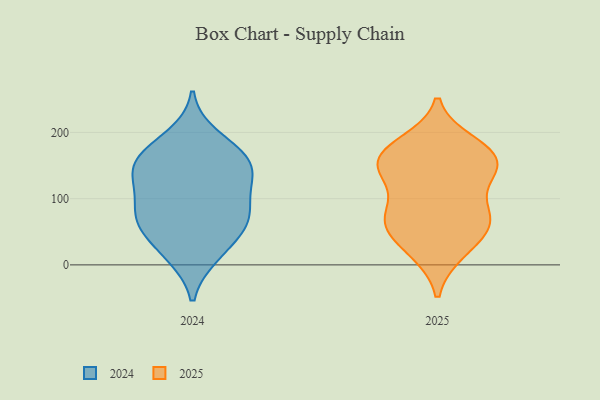
{"axis": {"x": "Humidity (%)", "y": "Value"}, "legend": ["2024", "2025"], "data": [{"x": "", "y": 152, "type": "2024"}, {"x": "", "y": 83, "type": "2024"}, {"x": "", "y": 118, "type": "2024"}, {"x": "", "y": 158, "type": "2024"}, {"x": "", "y": 17, "type": "2024"}, {"x": "", "y": 194, "type": "2024"}, {"x": "", "y": 69, "type": "2024"}, {"x": "", "y": 97, "type": "2024"}, {"x": "", "y": 132, "type": "2024"}, {"x": "", "y": 171, "type": "2024"}, {"x": "", "y": 53, "type": "2024"}, {"x": "", "y": 14, "type": "2024"}, {"x": "", "y": 64, "type": "2024"}, {"x": "", "y": 161, "type": "2024"}, {"x": "", "y": 135, "type": "2024"}, {"x": "", "y": 62, "type": "2024"}, {"x": "", "y": 78, "type": "2025"}, {"x": "", "y": 184, "type": "2025"}, {"x": "", "y": 20, "type": "2025"}, {"x": "", "y": 153, "type": "2025"}, {"x": "", "y": 72, "type": "2025"}, {"x": "", "y": 175, "type": "2025"}, {"x": "", "y": 133, "type": "2025"}, {"x": "", "y": 70, "type": "2025"}, {"x": "", "y": 150, "type": "2025"}, {"x": "", "y": 126, "type": "2025"}, {"x": "", "y": 54, "type": "2025"}, {"x": "", "y": 164, "type": "2025"}, {"x": "", "y": 144, "type": "2025"}, {"x": "", "y": 173, "type": "2025"}, {"x": "", "y": 73, "type": "2025"}, {"x": "", "y": 19, "type": "2025"}, {"x": "", "y": 56, "type": "2025"}]}